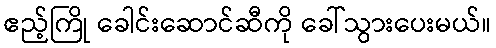
ဧည့်ကြို ခေါင်းဆောင်ဆီကို ခေါ်သွားပေးမယ်။